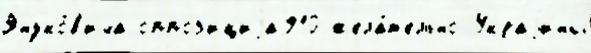
Януко́в'ича оппоз'ициjа910 жела́т'ельно Украjины